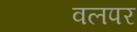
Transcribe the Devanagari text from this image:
वलपर